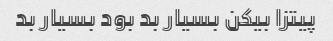
پیتزا بیکن بسیار بد بود بسیار بد